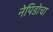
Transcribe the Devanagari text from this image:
नेपिडोचा